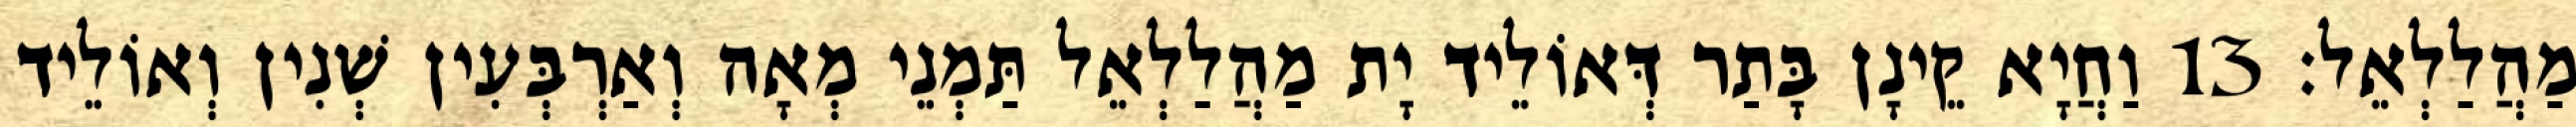
מַהֲלַלְאֵל׃ 13 וַחֲיָא קֵינָן בָּתַר דְּאוֹלֵיד יָת מַהֲלַלְאֵל תַּמְנֵי מְאָה וְאַרְבְּעִין שְׁנִין וְאוֹלֵיד